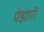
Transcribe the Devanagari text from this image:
पेझारी